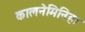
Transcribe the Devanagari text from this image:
कालनेमिनिहा